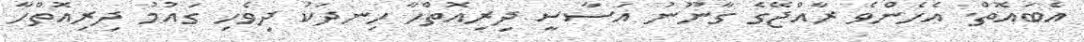
އެބައޮތް. އެހެންވެ ރާއްޖޭގެ ގާނޫނު އަސާސީ ދިރިއޮތްހާ ހިނދަކު ދިވެހި ގައުމު ދިރިއޮތްހާ